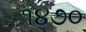
૧૪૭૦